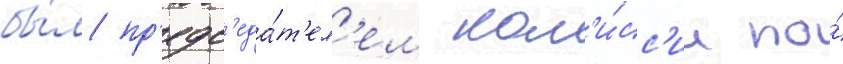
бы́л пр'едс'еда́т'ел'ем ком'и́сс'ии по́